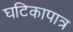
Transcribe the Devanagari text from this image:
घटिकापात्र